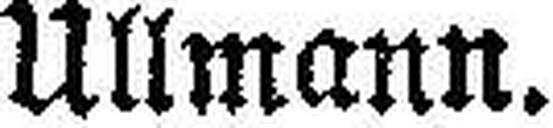
Ullmann.